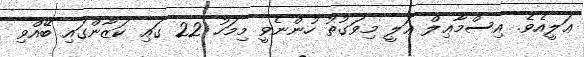
ޢަލީއެވެ. އިސްމާޢިލް ޢަލީ މިވަގުތު ހުންނެވީ މިމަހު 22 ގައި ކަޒާންގައި ބޭއްވި